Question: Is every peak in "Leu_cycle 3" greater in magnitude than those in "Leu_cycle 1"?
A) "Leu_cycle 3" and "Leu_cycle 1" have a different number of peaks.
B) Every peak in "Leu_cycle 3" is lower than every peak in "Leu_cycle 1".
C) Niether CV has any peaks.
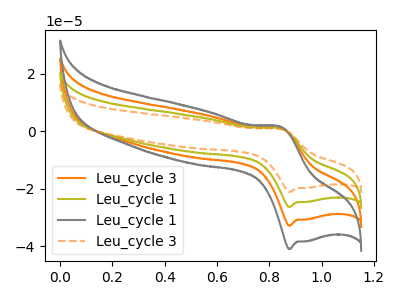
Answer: <think>The orange curve "Leu_cycle 3" has an anodic peak at (0.85V, 2.00uA) and a cathodic peak at (0.90V, -52.65uA). The olive curve "Leu_cycle 1" has an anodic peak at (0.85V, 1.00uA) and a cathodic peak at (0.90V, -26.30uA). The gray curve "Leu_cycle 1" has an anodic peak at (0.85V, 3.05uA) and a cathodic peak at (0.90V, -78.95uA). The orange dashed curve "Leu_cycle 3" has an anodic peak at (0.85V, 0.80uA) and a cathodic peak at (0.90V, -21.10uA).</think>
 <answer>B) Every peak in "Leu_cycle 3" is lower than every peak in "Leu_cycle 1".</answer>
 <eval>B</eval>